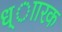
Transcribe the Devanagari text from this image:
ध्ाारक